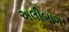
અલીબાગ